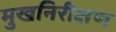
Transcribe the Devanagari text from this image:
मुखनिरीक्षण